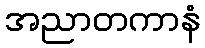
အညာတကာနံ